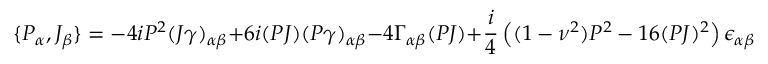
\{ { \cal P } _ { \alpha } , { \cal J } _ { \beta } \} = - 4 i P ^ { 2 } ( J \gamma ) _ { \alpha \beta } + 6 i ( P J ) ( P \gamma ) _ { \alpha \beta } - 4 \Gamma _ { \alpha \beta } ( P J ) + \frac { i } { 4 } \left( ( 1 - \nu ^ { 2 } ) P ^ { 2 } - 1 6 ( P J ) ^ { 2 } \right) \epsilon _ { \alpha \beta } ,